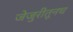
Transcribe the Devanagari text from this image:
जेजुरीतूनच